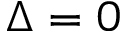
\Delta = 0